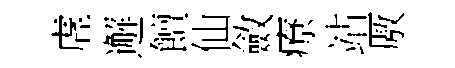
虗邂饘仙斂療站厫